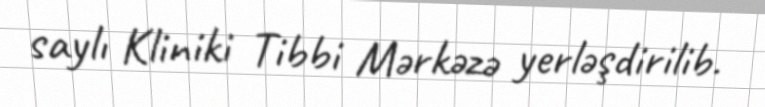
saylı Kliniki Tibbi Mərkəzə yerləşdirilib.